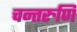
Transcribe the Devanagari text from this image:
चन्तरुणि